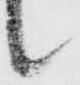
候